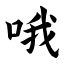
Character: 哦